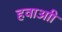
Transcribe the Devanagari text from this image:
हवाआी